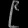
Digit: ၉